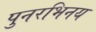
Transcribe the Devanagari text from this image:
पुनरभिनय